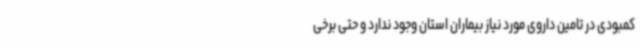
کمبودی در تامین داروی مورد نیاز بیماران استان وجود ندارد و حتی برخی